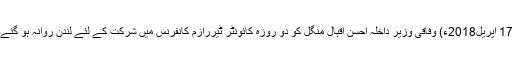
17 اپریل2018ء) وفاقی وزیر داخلہ احسن اقبال منگل کو دو روزہ کائونٹر ٹیررازم کانفرنس میں شرکت کے لئے لندن روانہ ہو گئے۔